Document type: Recognition
Year: 1250
Scribe: Pere Marquès
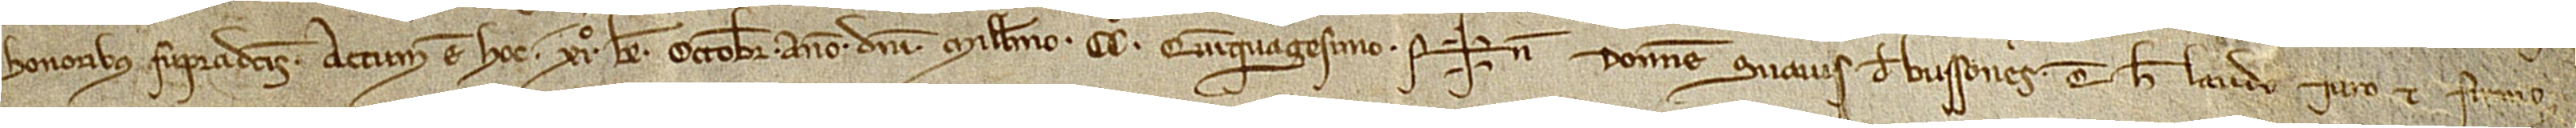
honoribus supradictis. Actum est hoc XIº kalendas octobris, anno Domini millesimo CCº quinquagesimo. Sig+num domne Suavis de Bussones, que hec laudo, iuro et firmo.